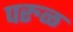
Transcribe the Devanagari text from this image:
परुळ